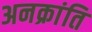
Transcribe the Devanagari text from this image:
अनक्रांति